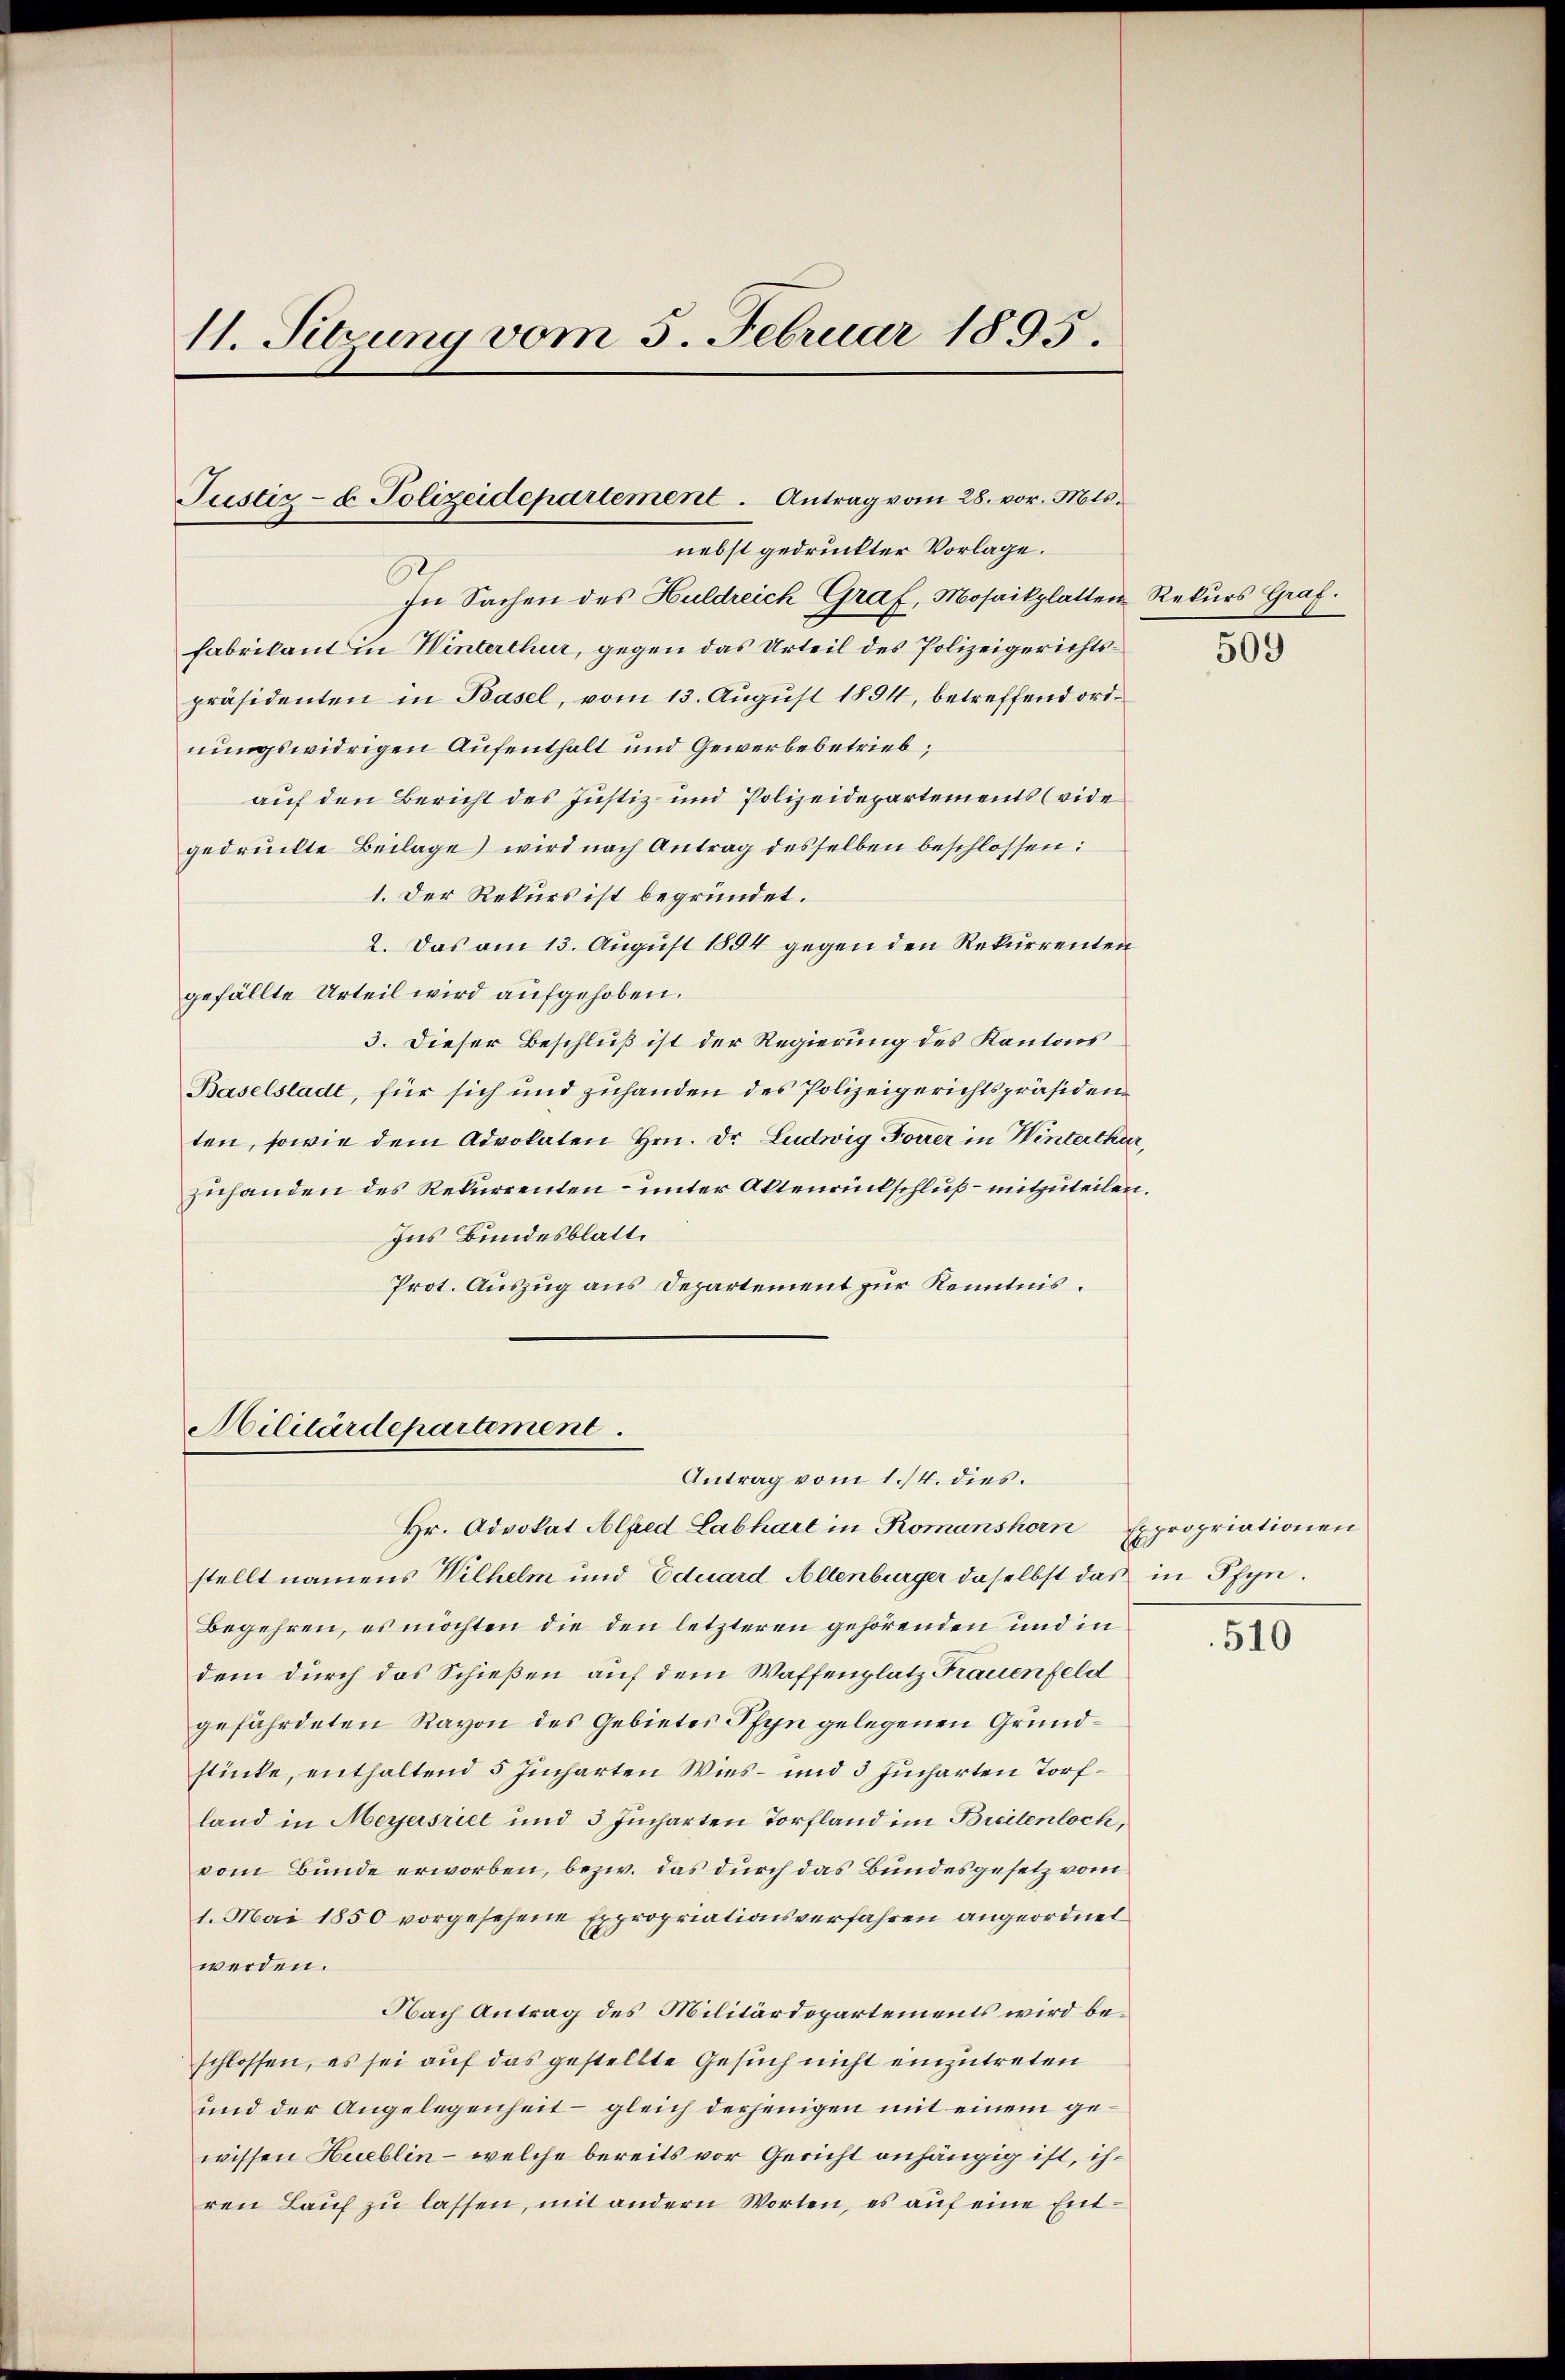
11. Sitzung vom 5. Februar 1895.

Justiz- u. Polizeidepartement. Antrag vom 28. vor. Mts.
nebst gedruckter Vorlage.

In Sachen des Huldreich Graf, Mosaikplatten Rekurs Graf.
fabrikant in Winterthur, gegen das Urteil des Polizeigerichtspräsidenten in Basel, vom 13. August 1894, betreffend ordnungswidrigen Aufenthalt und Gewerbebetrieb;
auf den Bericht des Justiz- und Polizeidepartements (vide
gedruckte Beilage) wird nach Antrag desselben beschlossen:
1. Der Rekurs ist begründet.
2. Das am 13. August 1894 gegen den Rekurrenten
gefällte Urteil wird aufgehoben.
3. Dieser Beschluß ist der Regierung des Kantons
Baselstadt, für sich und zuhanden des Polizeigerichtspräsidenten, sowie dem Advokaten Hrn. Dr. Ludwig Forrer in Winterthur,
zuhanden des Rekurrenten – unter Altenrückschluß – mitzuteilen.
Ins Bundesblatt
Prot. Auszug aus Departement zur Kenntnis.

Militärdepartement.

Hr. Advokat Alfred Labhart in Romanshorn
stellt namens Wilhelm und Eduard Allenburger daselbst das in Pfyn.
Begehren, es möchten die den letzteren gehörenden und in
dem durch das Schießen auf dem Waffenplatz Frauenfeld
gefährdeten Ravon des Gebietes Pfyn gelegenen Grundstinke, enthaltend 5 Jucharten Wies- und 5 Jucharten Torfland in Meyersriet und 3 Jucharten Torfland im Breitenloch,
vom Bunde erworben, bezw. das durch das Bundesgesetz vom
1. Mai 1850 vorgesehene Expropriationsverfahren angeordnet
werden.
Nach Antrag des Militärdepartements wird beschlossen, es sei auf das gestellte Gesuch nicht einzutreten
und der Angelegenheit – gleich derjenigen mit einem gewissen Hueblin - welche bereits vor Gericht anhängig ist, ihren Lauf zu lassen, mit andern Worten, es auf eine Ent¬

Antrag vom 1./4. dies.

509

Epropriationen
E

510